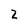
Character: 2